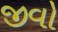
જીવો